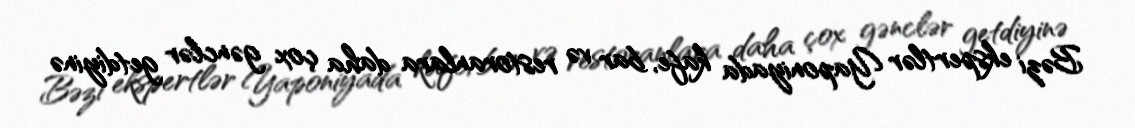
Bəzi ekspertlər Yaponiyada kafe, bar və restoranlara daha çox gənclər getdiyinə